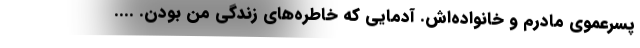
پسرعموي مادرم و خانواده‌اش. آدمايي كه خاطره‌هاي زندگي من بودن. ....